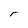
Character: r